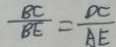
\frac { B C } { B E } = \frac { D C } { A E }